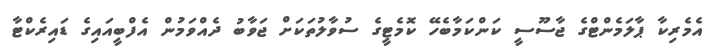
އެމެރިކާ ޕާލަމެންޓްގެ ޖާސޫސީ ކަންކަމާބެހޭ ކޮމެޓީގެ ސުވާލުތަކަށް ޖަވާބު ދެއްވަމުން އެފްބީއައިގެ ޑައިރެކްޓާ